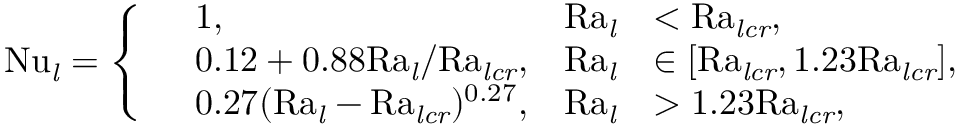
\mathrm { N u \it _ l = \left\{ \begin{array} { r l r l } & { 1 , } & { \mathrm { R a \it _ l } } & { < \mathrm { R a \it _ { l c r } , } } \\ & { 0 . 1 2 + 0 . 8 8 \mathrm { R a \it _ l / \mathrm { R a \it _ { l c r } , } } } & { \mathrm { R a \it _ l } } & { \in [ \mathrm { R a \it _ { l c r } , \mathrm { 1 . 2 3 \mathrm { R a \it _ { l c r } ] , } } } } \\ & { 0 . 2 7 ( \mathrm { R a \it _ l - \mathrm { R a \it _ { l c r } \mathrm { ) ^ { 0 . 2 7 } , } } } } & { \mathrm { R a \it _ l } } & { > \mathrm { 1 . 2 3 R a \it _ { l c r } , } } \end{array} \right. }